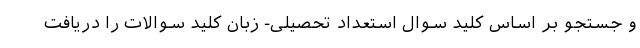
و جستجو بر اساس کلید سوال استعداد تحصیلی- زبان کلید سوالات را دریافت